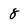
Character: 8